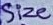
Text: Size